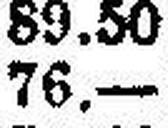
76.—